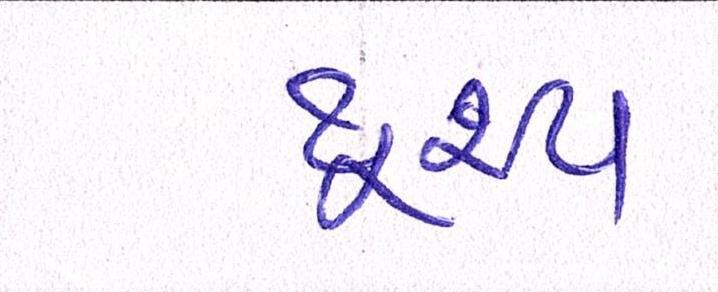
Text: દ્રશ્યઃ